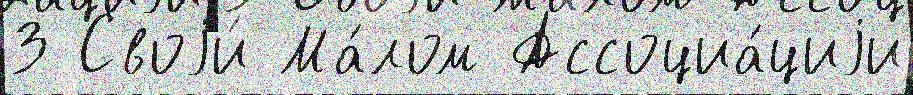
З Своjи́ Ма́лом Ассоциа́циjи